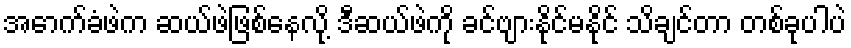
အောက်ခံဖဲက ဆယ်ဖဲဖြစ်နေလို့ ဒီဆယ်ဖဲကို ခင်ဗျားနိုင်မနိုင် သိချင်တာ တစ်ခုပါပဲ